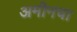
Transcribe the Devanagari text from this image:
अमीनचा